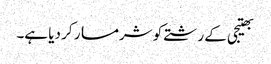
بھتیجی کے رشتے کو شرمسار کر دیا ہے۔